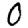
Digit: 0